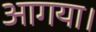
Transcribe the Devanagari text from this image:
आगया।